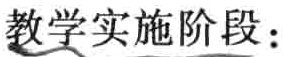
教学实施阶段：